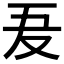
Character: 𠬷